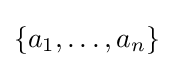
\{a_{1},\dots ,a_{n}\}